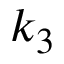
k _ { 3 }